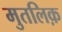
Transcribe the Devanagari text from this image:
मुतलिक़